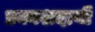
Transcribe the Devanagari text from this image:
प्रकाशदायी